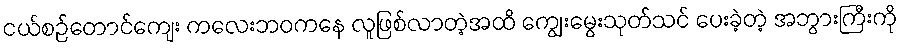
ငယ်စဉ်တောင်ကျေး ကလေးဘဝကနေ လူဖြစ်လာတဲ့အထိ ကျွေးမွေးသုတ်သင် ပေးခဲ့တဲ့ အဘွားကြီးကို